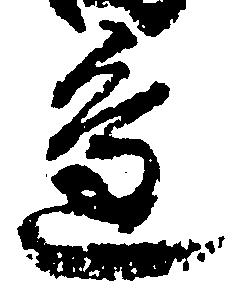
辺